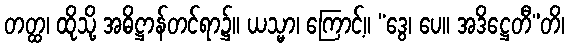
တတ္ထ၊ ထိုသို့ အဓိဋ္ဌာန်တင်ရာ၌။ ယသ္မာ၊ ကြောင့်။ “ဒွေ၊ ပေ။ အဒိဋ္ဌေတီ”တိ၊